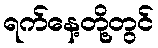
ရက်နေ့တို့တွင်